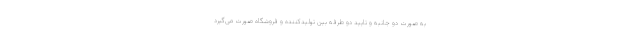
به صورت دو جانبه و تایید دو طرفه بین تولیدکننده و فروشگاه صورت می‌گیرد